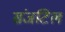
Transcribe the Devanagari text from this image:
संजटिल